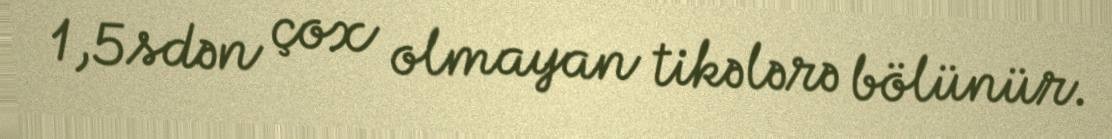
1,5sdən çox olmayan tikələrə bölünür.